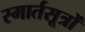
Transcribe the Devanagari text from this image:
स्मार्तसूत्रों